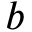
b